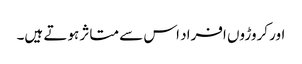
اور کروڑوں افراد اس سے متاثر ہوتے ہیں۔